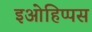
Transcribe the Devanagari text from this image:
इओहिप्पस